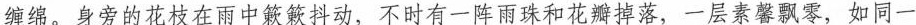
缠绵、身旁的花枝在雨中簌簌抖动，不时有一阵雨珠和花瓣掉落，一层素馨飘零，如同一